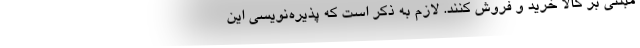
مبتنی بر کالا خرید و فروش کنند. لازم به ذکر است که پذیره‌نویسی این